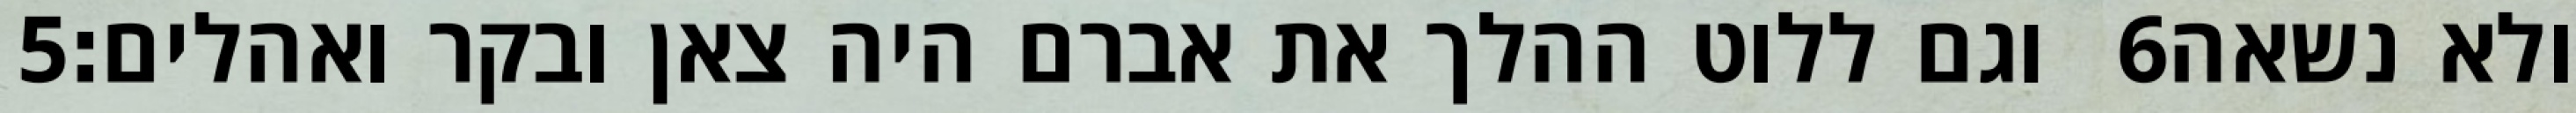
‎5‏ וגם ללוט ההלך את אברם היה צאן ובקר ואהלים׃ ‎6‏ ולא נשאה